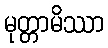
မုတ္တာမိဿာ